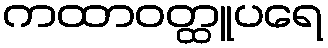
ကထာဝတ္ထူပရေ